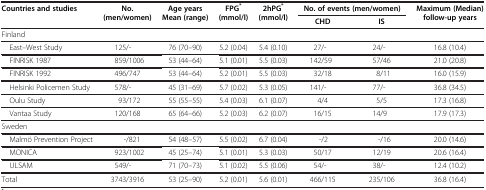
<table><thead><tr><td rowspan="2"><b>Countries and studies</b></td><td rowspan="2"><b>No. (men/women)</b></td><td rowspan="2"><b>Age years Mean (range)</b></td><td rowspan="2"><b>FPG<sup>*</sup> (mmol/l)</b></td><td rowspan="2"><b>2hPG<sup>*</sup> (mmol/l)</b></td><td colspan="2"><b>No. of events (men/women)</b></td><td rowspan="2"><b>Maximum (Median) follow-up years</b></td></tr><tr><td><b>CHD</b></td><td><b>IS</b></td></tr></thead><tbody><tr><td colspan="8">Finland</td></tr><tr><td> East–West Study</td><td>125/-</td><td>76 (70–90)</td><td>5.2 (0.04)</td><td>5.4 (0.10)</td><td>27/-</td><td>24/-</td><td>16.8 (10.4)</td></tr><tr><td> FINRISK 1987</td><td>859/1006</td><td>53 (44–64)</td><td>5.1 (0.01)</td><td>5.5 (0.03)</td><td>142/59</td><td>57/46</td><td>21.0 (20.8)</td></tr><tr><td> FINRISK 1992</td><td>496/747</td><td>53 (44–64)</td><td>5.2 (0.01)</td><td>5.5 (0.03)</td><td>32/18</td><td>8/11</td><td>16.0 (15.9)</td></tr><tr><td> Helsinki Policemen Study</td><td>578/-</td><td>45 (31–69)</td><td>5.7 (0.02)</td><td>5.3 (0.05)</td><td>141/-</td><td>77/-</td><td>36.8 (34.5)</td></tr><tr><td> Oulu Study</td><td>93/172</td><td>55 (55–55)</td><td>5.4 (0.03)</td><td>6.1 (0.07)</td><td>4/4</td><td>5/5</td><td>17.3 (16.8)</td></tr><tr><td> Vantaa Study</td><td>120/168</td><td>65 (64–66)</td><td>5.2 (0.03)</td><td>6.2 (0.07)</td><td>16/15</td><td>14/9</td><td>17.9 (17.3)</td></tr><tr><td colspan="8">Sweden</td></tr><tr><td> Malmö Prevention Project</td><td>-/821</td><td>54 (48–57)</td><td>5.5 (0.02)</td><td>6.7 (0.04)</td><td>-/2</td><td>-/16</td><td>20.0 (14.6)</td></tr><tr><td> MONICA</td><td>923/1002</td><td>45 (25–74)</td><td>5.1 (0.01)</td><td>5.3 (0.03)</td><td>50/17</td><td>12/19</td><td>20.6 (16.4)</td></tr><tr><td> ULSAM</td><td>549/-</td><td>71 (70–73)</td><td>5.1 (0.02)</td><td>5.5 (0.06)</td><td>54/-</td><td>38/-</td><td>12.4 (10.2)</td></tr><tr><td>Total</td><td>3743/3916</td><td>53 (25–90)</td><td>5.2 (0.01)</td><td>5.6 (0.01)</td><td>466/115</td><td>235/106</td><td>36.8 (16.4)</td></tr></tbody></table>